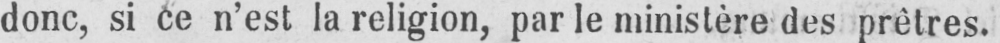
donc, si ce n’est la religion, par le ministère des prêtres.